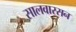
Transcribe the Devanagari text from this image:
सालवारसन